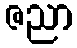
ဇညာ